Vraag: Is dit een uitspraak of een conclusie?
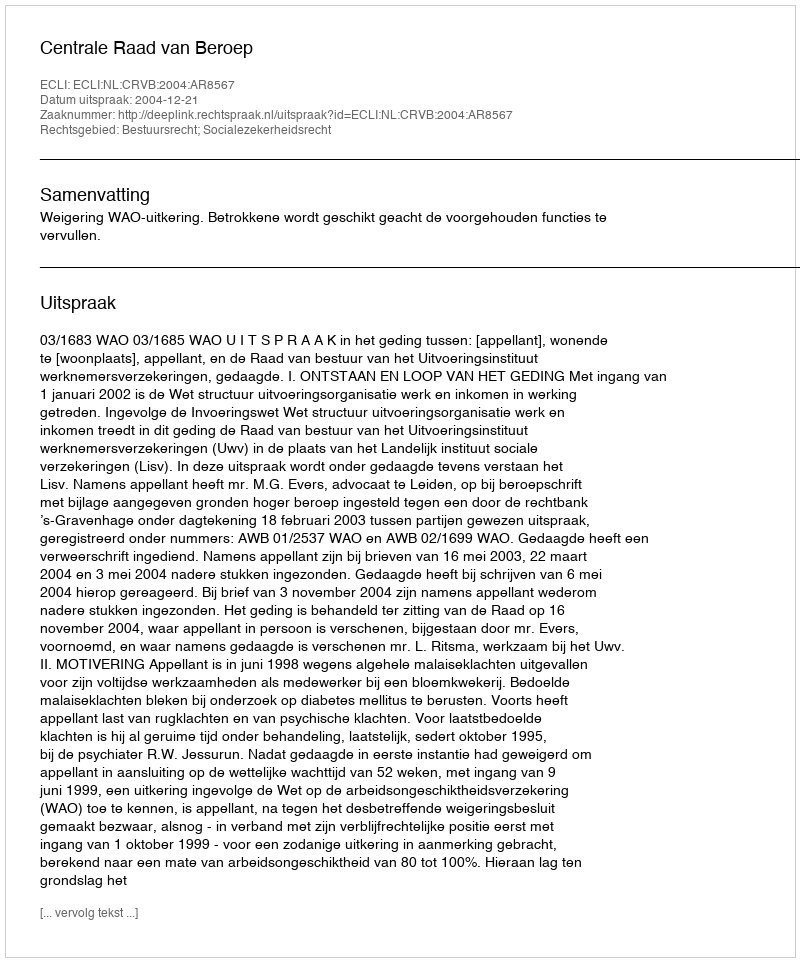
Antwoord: Uitspraak